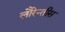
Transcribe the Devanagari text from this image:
लौरेन्तीस